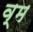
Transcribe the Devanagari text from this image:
व्म